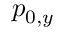
p _ { 0 , y }